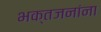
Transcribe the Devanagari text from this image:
भक्तजनांना